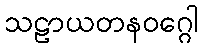
သဠာယတနဝဂ္ဂေါ